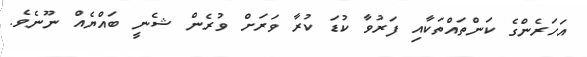
އަހަރެންގެ ކަންތައްތަކާއި ފަރުވާ ކުޑަ ކުރާ ވަރަށް ވުރެން ޝެނީ ބައްޔެއް ނޫނެވެ.